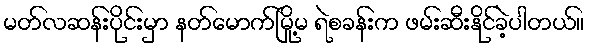
မတ်လဆန်းပိုင်းမှာ နတ်မောက်မြို့မ ရဲစခန်းက ဖမ်းဆီးနိုင်ခဲ့ပါတယ်။